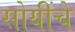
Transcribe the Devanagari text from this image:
सोयींचे